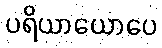
ပရိယာယောပေ